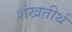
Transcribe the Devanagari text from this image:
शंखतीर्थ